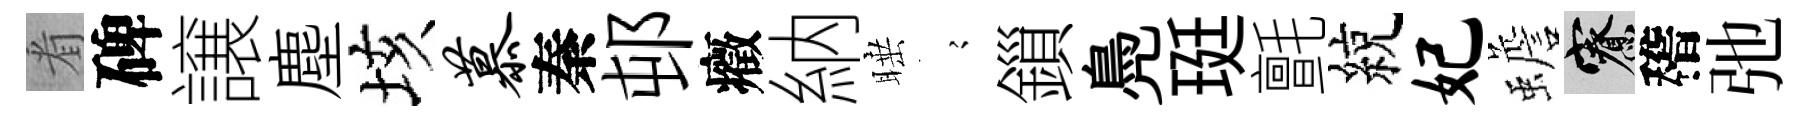
㸔碑譲塵垓慕秦邨癥納睡𡪹鎻鳧珽氈綂妃蟾寮稽弛